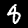
Label: 8